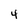
Character: 4